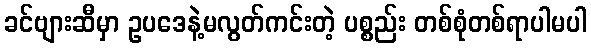
ခင်ဗျားဆီမှာ ဥပဒေနဲ့မလွတ်ကင်းတဲ့ ပစ္စည်း တစ်စုံတစ်ရာပါမပါ